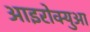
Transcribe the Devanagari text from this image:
आइरोक्युआ